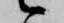
候